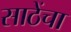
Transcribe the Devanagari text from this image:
साठेंचा